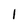
Character: l